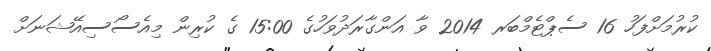
ކުރުމަށްފަހު 16 ސެޕްޓެމްބަރ 2014 ވާ އަންގާރަދުވަހުގެ 15:00 ގެ ކުރިން މިއެސޯސިއޭޝަނަށް